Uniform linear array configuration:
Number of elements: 64
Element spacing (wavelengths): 0.75
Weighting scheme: binomial
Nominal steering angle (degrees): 0
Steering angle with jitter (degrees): -1.019
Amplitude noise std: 0.05
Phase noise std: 0.05

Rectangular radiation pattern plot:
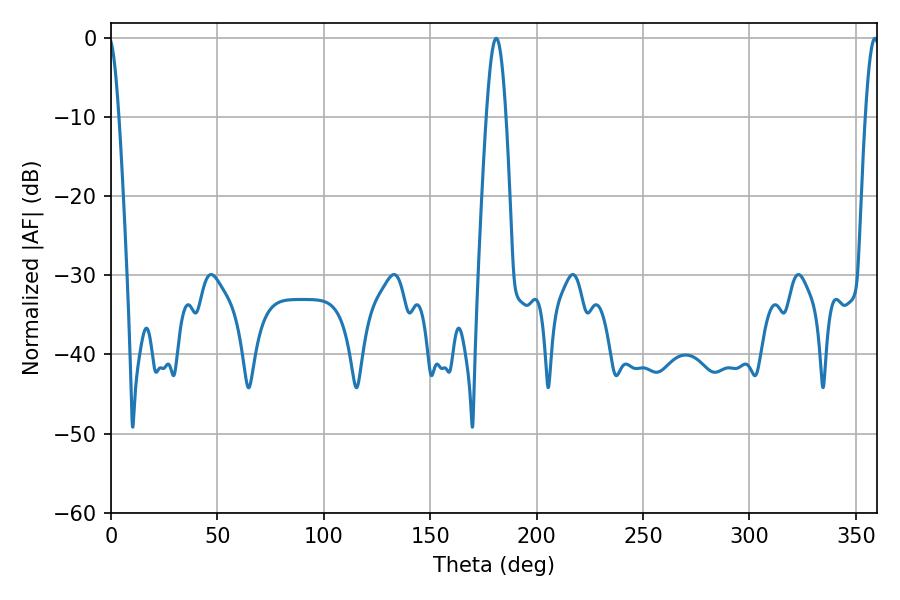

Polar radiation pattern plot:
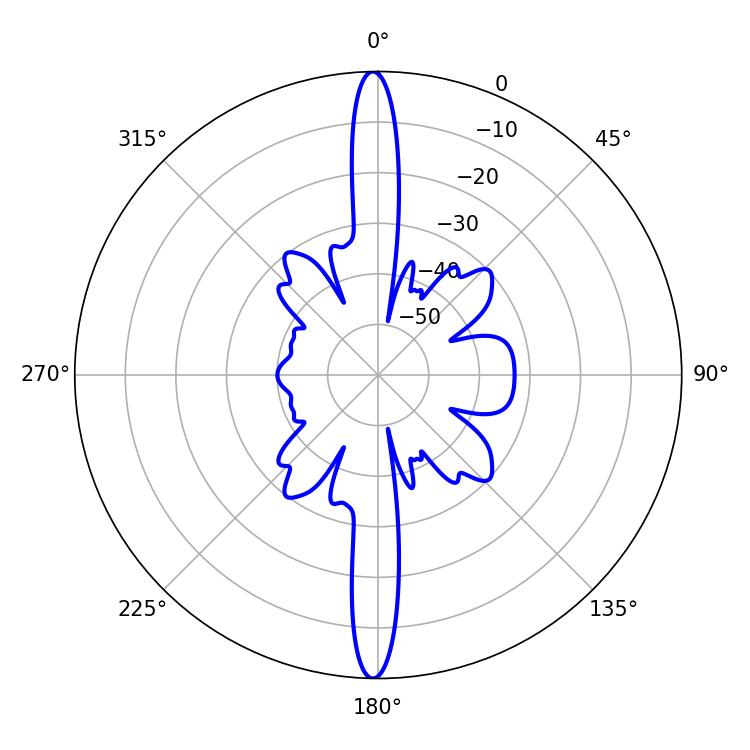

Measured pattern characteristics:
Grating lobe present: TRUE
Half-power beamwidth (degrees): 4.86
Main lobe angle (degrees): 181.08